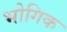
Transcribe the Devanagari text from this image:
भोगिक